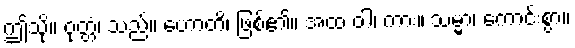
ဤသို့။ ဝုတ္တံ၊ သည်။ ဟောတိ၊ ဖြစ်၏။ အထ ဝါ၊ ကား။ သမ္မာ၊ ကောင်းစွာ။